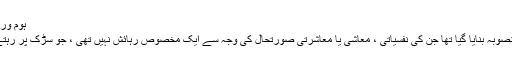
ہوم ورک کی مدد کو خطرہ لاحق ہو جائے گا
ان لوگوں کے لئے بھی پناہ گاہوں کا منصوبہ بنایا گیا تھا جن کی نفسیاتی ، معاشی یا معاشرتی صورتحال کی وجہ سے ایک مخصوص رہائش نہیں تھی ، جو سڑک پر رہتے تھے یا ترک جگہوں پر رہتے تھے۔